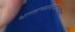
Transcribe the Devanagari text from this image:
भारताच्याकर्नाटकच्या